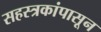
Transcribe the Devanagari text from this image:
सहस्त्रकांपासून